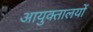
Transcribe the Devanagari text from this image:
आयुक्‍तालयों